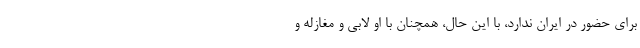
برای حضور در ایران ندارد، با این حال، همچنان با او لابی و مغازله و